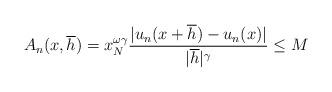
LaTeX: \begin{align*}A_{n}(x,\overline{h})=x_{N}^{\omega\gamma}\frac{|u_{n}(x+\overline{h})-u_{n}(x)|}{|\overline{h}|^{\gamma}}\leq M \end{align*}